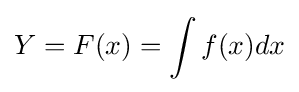
Y=F(x)=\int f(x)dx